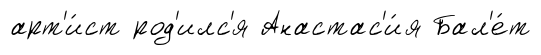
арт'и́ст род'илс'я Анастас'и́я Бал'е́т